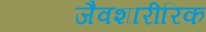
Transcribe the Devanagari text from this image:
जैवशारीरिक